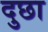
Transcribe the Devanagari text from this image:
दुछा